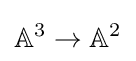
\mathbb {A} ^{3}\to \mathbb {A} ^{2}